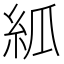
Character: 𥾭